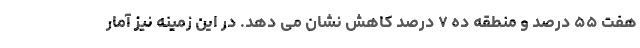
هفت ۵۵ درصد و منطقه ده ۷ درصد کاهش نشان می دهد. در این زمینه نیز آمار